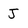
Character: J